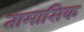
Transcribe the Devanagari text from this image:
तामासिक